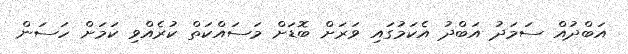
އަބްދުއް ސަމަދު އަބްދު އެކަމުގައި ވަރަށް ބޮޑަށް މަސައްކަތް ކުރެއްވި ކަމަށް ހަސަން